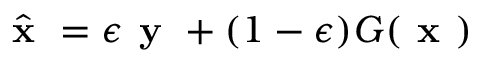
\hat { \textbf { x } } = \epsilon \textbf { y } + ( 1 - \epsilon ) G ( \textbf { x } )